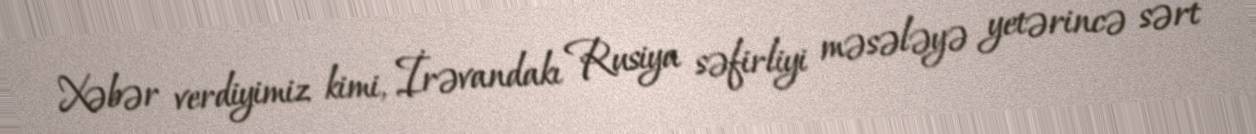
Xəbər verdiyimiz kimi, İrəvandakı Rusiya səfirliyi məsələyə yetərincə sərt